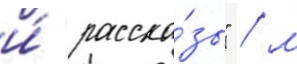
и́ расска́зы" / м